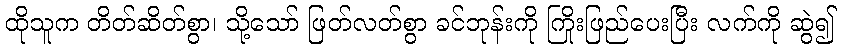
ထိုသူက တိတ်ဆိတ်စွာ၊ သို့သော် ဖြတ်လတ်စွာ ခင်ဘုန်းကို ကြိုးဖြည်ပေးပြီး လက်ကို ဆွဲ၍